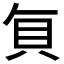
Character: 𮙭